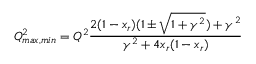
Q _ { m a x , m i n } ^ { 2 } = Q ^ { 2 } { \frac { 2 ( 1 - x _ { r } ) ( 1 \pm \sqrt { 1 + \gamma ^ { 2 } } ) + \gamma ^ { 2 } } { \gamma ^ { 2 } + 4 x _ { r } ( 1 - x _ { r } ) } }